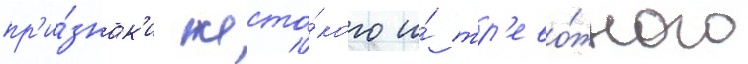
пр'и́знак'и жесто́кого и́ тр'ево́жного